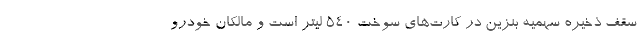
سقف ذخیره سهمیه بنزین در کارت‌های سوخت ۵۴۰ لیتر است و مالکان خودرو